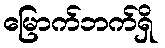
မြောက်ဘက်ရှိ